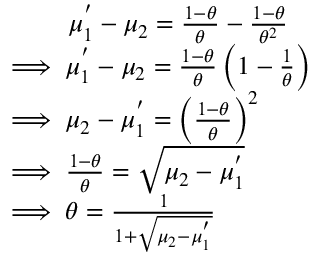
\begin{array} { r l } & { \quad \quad \, \, \, \mu _ { 1 } ^ { ' } - \mu _ { 2 } = \frac { 1 - \theta } { \theta } - \frac { 1 - \theta } { \theta ^ { 2 } } } \\ & { \implies \mu _ { 1 } ^ { ' } - \mu _ { 2 } = \frac { 1 - \theta } { \theta } \left( 1 - \frac { 1 } { \theta } \right) } \\ & { \implies \mu _ { 2 } - \mu _ { 1 } ^ { ' } = \left( \frac { 1 - \theta } { \theta } \right) ^ { 2 } } \\ & { \implies \frac { 1 - \theta } { \theta } = \sqrt { \mu _ { 2 } - \mu _ { 1 } ^ { ' } } } \\ & { \implies \theta = \frac { 1 } { 1 + \sqrt { \mu _ { 2 } - \mu _ { 1 } ^ { ' } } } } \end{array}